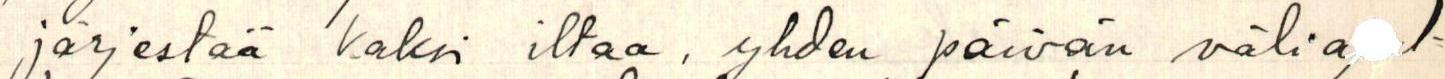
järjestää kaksi iltaa, yhden päivän välia  l-